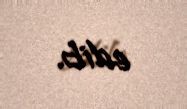
edib.